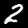
Label: 2